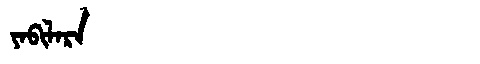
Manchu: ᠶᠠᠪᡳᠯᠠᡵᠠ
Romanization: YABILARA